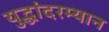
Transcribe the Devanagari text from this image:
युद्धांदरम्यान